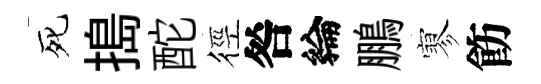
死搗酡徑咎綸鵬寥飭